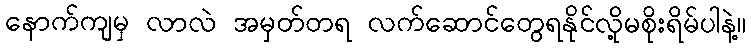
နောက်ကျမှ လာလဲ အမှတ်တရ လက်ဆောင်တွေရနိုင်လို့မစိုးရိမ်ပါနဲ့။